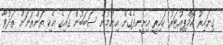
ގިނައިރު ކޮމްޕިއުޓަރު ކައިރީ އިށީނދެގެން އިނުމުން ސަބަބުން ގައިގެ އެކި ތަންތަނަށް ތަދުވާ